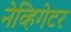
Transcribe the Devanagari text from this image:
नेव्हिगेटर